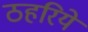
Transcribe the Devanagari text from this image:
ठहरिये